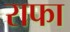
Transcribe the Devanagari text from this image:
राफा